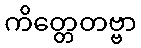
ကိတ္တေတဗ္ဗာ